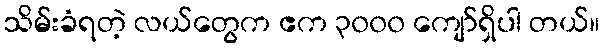
သိမ်းခံရတဲ့ လယ်တွေက ဧက ၃၀၀၀ ကျော်ရှိပါ တယ်။